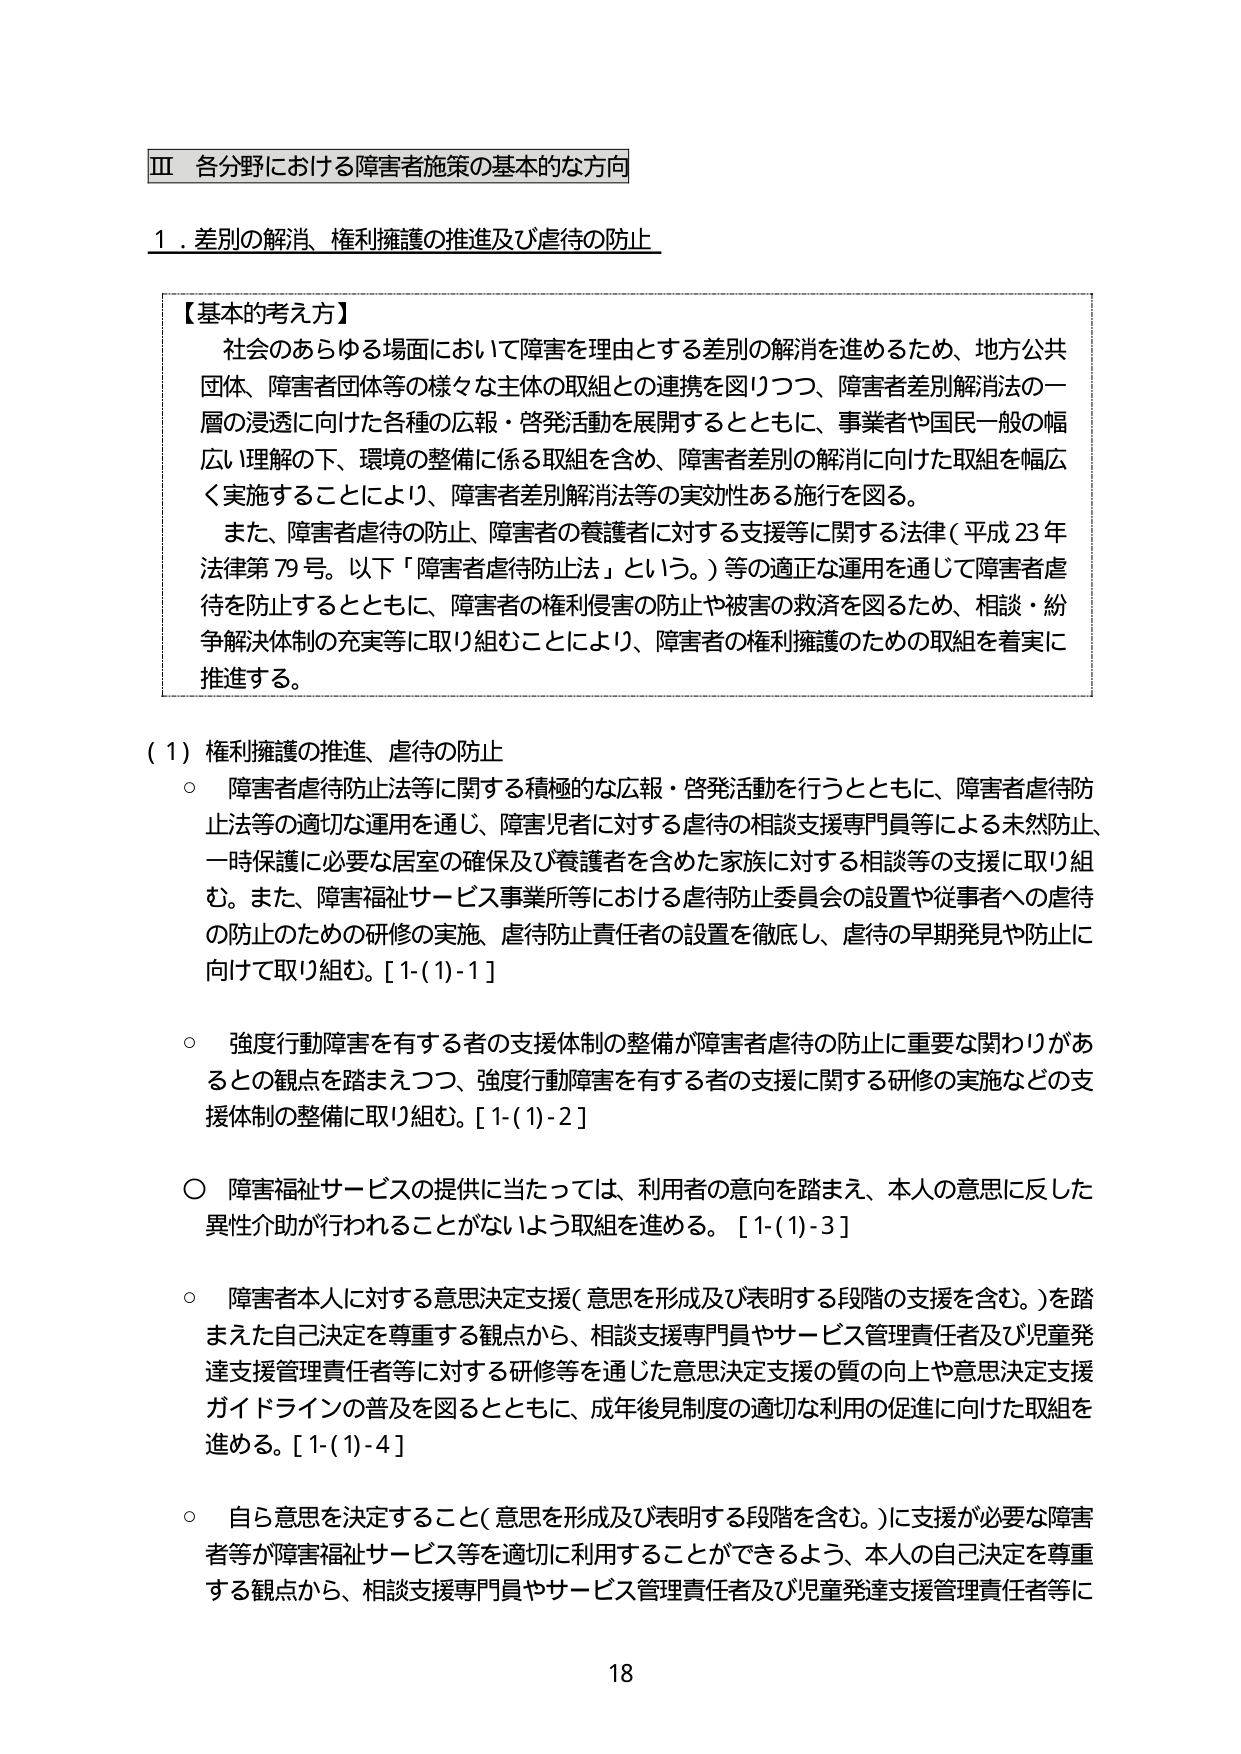
Ⅲ 各分野における障害者施策の基本的な方向

１．差別の解消、権利擁護の推進及び虐待の防止

【基本的考え方】
社会のあらゆる場面において障害を理由とする差別の解消を進めるため、地方公共団体、障害者団体等の様々な主体の取組との連携を図りつつ、障害者差別解消法の一層の浸透に向けた各種の広報・啓発活動を展開するとともに、事業者や国民一般の幅広い理解の下、環境の整備に係る取組を含め、障害者差別の解消に向けた取組を幅広く実施することにより、障害者差別解消法等の実効性ある施行を図る。
また、障害者虐待の防止、障害者の養護者に対する支援等に関する法律（平成23年法律第79号。以下「障害者虐待防止法」という。）等の適正な運用を通じて障害者虐待を防止するとともに、障害者の権利侵害の防止や被害の救済を図るため、相談・紛争解決体制の充実等に取り組むことにより、障害者の権利擁護のための取組を着実に推進する。

（１）権利擁護の推進、虐待の防止
○ 障害者虐待防止法等に関する積極的な広報・啓発活動を行うとともに、障害者虐待防止法等の適切な運用を通じ、障害児者に対する虐待の相談支援専門員等による未然防止、一時保護に必要な居室の確保及び養護者を含めた家族に対する相談等の支援に取り組む。また、障害福祉サービス事業所等における虐待防止委員会の設置や従事者への虐待の防止のための研修の実施、虐待防止責任者の設置を徹底し、虐待の早期発見や防止に向けて取り組む。[1-(1)-1]

○ 強度行動障害を有する者の支援体制の整備が障害者虐待の防止に重要な関わりがあるとの観点を踏まえつつ、強度行動障害を有する者の支援に関する研修の実施などの支援体制の整備に取り組む。[1-(1)-2]

○ 障害福祉サービスの提供に当たっては、利用者の意向を踏まえ、本人の意思に反した異性介助が行われることがないよう取組を進める。[1-(1)-3]

○ 障害者本人に対する意思決定支援（意思を形成及び表明する段階の支援を含む。）を踏まえた自己決定を尊重する観点から、相談支援専門員やサービス管理責任者及び児童発達支援管理責任者等に対する研修等を通じた意思決定支援の質の向上や意思決定支援ガイドラインの普及を図るとともに、成年後見制度の適切な利用の促進に向けた取組を進める。[1-(1)-4]

○ 自ら意思を決定すること（意思を形成及び表明する段階を含む。）に支援が必要な障害者等が障害福祉サービス等を適切に利用することができるよう、本人の自己決定を尊重する観点から、相談支援専門員やサービス管理責任者及び児童発達支援管理責任者等に

18